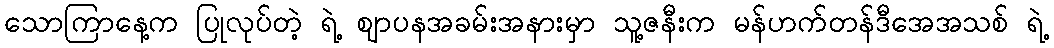
သောကြာနေ့က ပြုလုပ်တဲ့ ရဲ့ ဈာပနအခမ်းအနားမှာ သူ့ဇနီးက မန်ဟက်တန်ဒီအေအသစ် ရဲ့